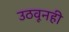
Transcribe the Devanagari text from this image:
उठवूनही